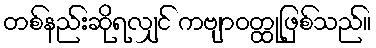
တစ်နည်းဆိုရလျှင် ကဗျာဝတ္ထုဖြစ်သည်။